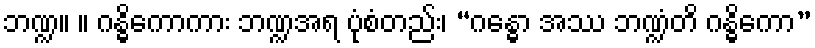
ဘဏ္ဍ။ ။ ဂန္ဓိကောကား ဘဏ္ဍအရ ပုံစံတည်း၊ “ဂန္ဓော အဿ ဘဏ္ဍံတိ ဂန္ဓိကော”